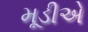
મૂડીએ